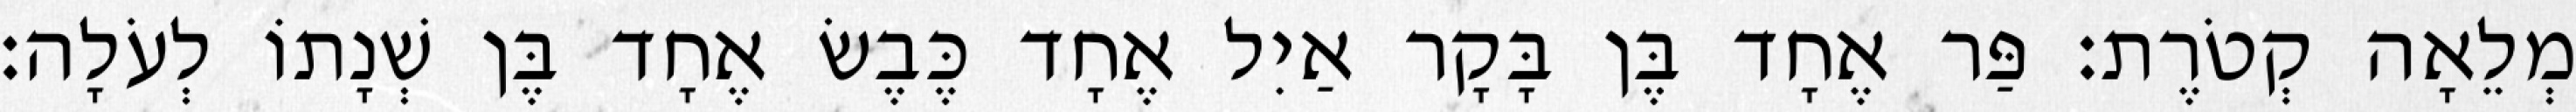
מְלֵאָה קְטֹרֶת׃ פַּר אֶחָד בֶּן בָּקָר אַיִל אֶחָד כֶּבֶשׂ אֶחָד בֶּן שְׁנָתוֹ לְעֹלָה׃